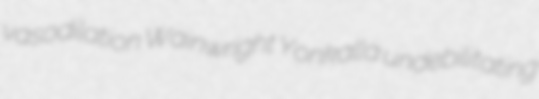
vasodilation Wainwright Yonkalla undebilitating